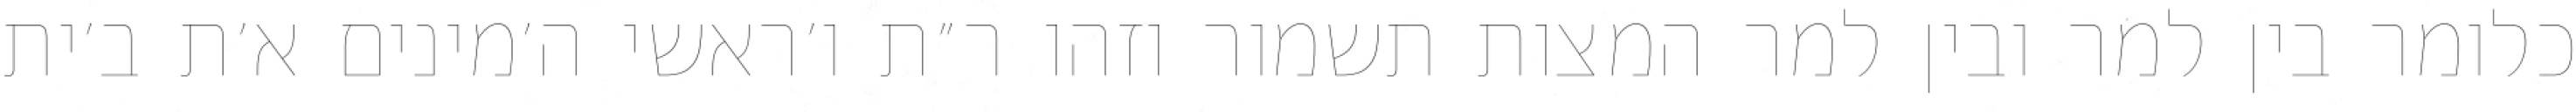
כלומר בין למר ובין למר המצות תשמור וזהו ר״ת ו׳ראשי ה׳מינים א׳ת ב׳ית